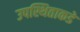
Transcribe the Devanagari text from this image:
उपस्थिताकडे